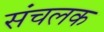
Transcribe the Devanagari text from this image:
संचलक